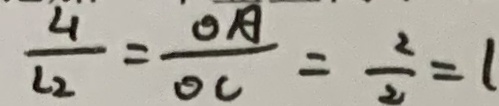
\frac { 4 } { l _ { 2 } } = \frac { O A } { O C } = \frac { 2 } { 2 } = 1